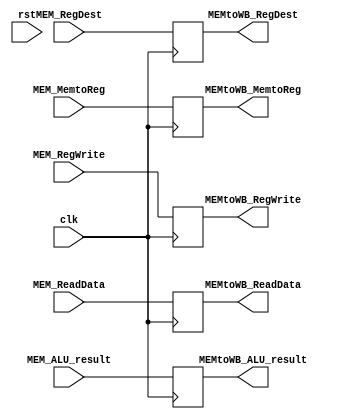
module MEMtoWB_Register (
    input clk, rst,

    // datapath input
    input wire [31:0] MEM_ReadData,
    input wire [31:0] MEM_ALU_result,
    input wire [4:0] MEM_RegDest,

    // control input
    input wire MEM_MemtoReg,
    input wire MEM_RegWrite,

    // datapath output
    output reg [31:0] MEMtoWB_ReadData,
    output reg [31:0] MEMtoWB_ALU_result,
    output reg [4:0] MEMtoWB_RegDest,

    // control output
    output reg MEMtoWB_MemtoReg,
    output reg MEMtoWB_RegWrite

);

    always @(posedge clk) begin
        // datapath
        MEMtoWB_ReadData <= MEM_ReadData;
        MEMtoWB_ALU_result <= MEM_ALU_result;
        MEMtoWB_RegDest <= MEM_RegDest;

        // control
        MEMtoWB_MemtoReg <= MEM_MemtoReg;
        MEMtoWB_RegWrite <= MEM_RegWrite;
    end

endmodule